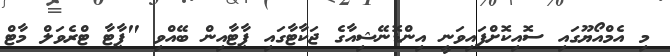
މި އެމްއޯޔޫގައި ސޮއިކޮށްފައިވަނީ އިންޑޮނޭޝިއާގެ ޖަކާޓާގައި ޕާޓާއިން ބޭއްވި "ޕާޓާ ޓްރެވަލް މާޓް